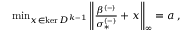
\begin{array} { r } { \operatorname* { m i n } _ { x \in \ker D ^ { k - 1 } } \left\lVert \frac { \beta ^ { ( - ) } } { \sigma _ { * } ^ { ( - ) } } + x \right\rVert _ { \infty } = a \, , } \end{array}